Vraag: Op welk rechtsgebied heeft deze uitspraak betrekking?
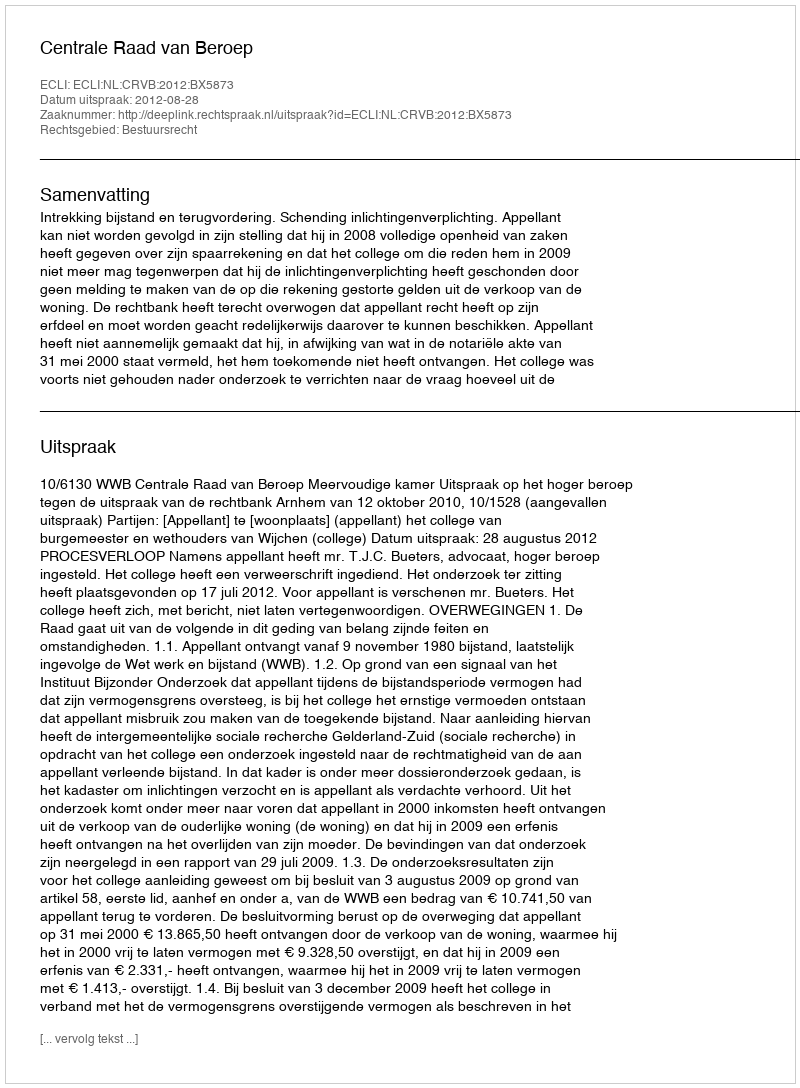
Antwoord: Bestuursrecht